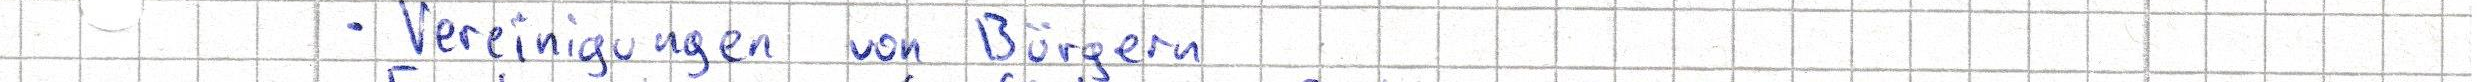
- Vereinigungen von Bürgern